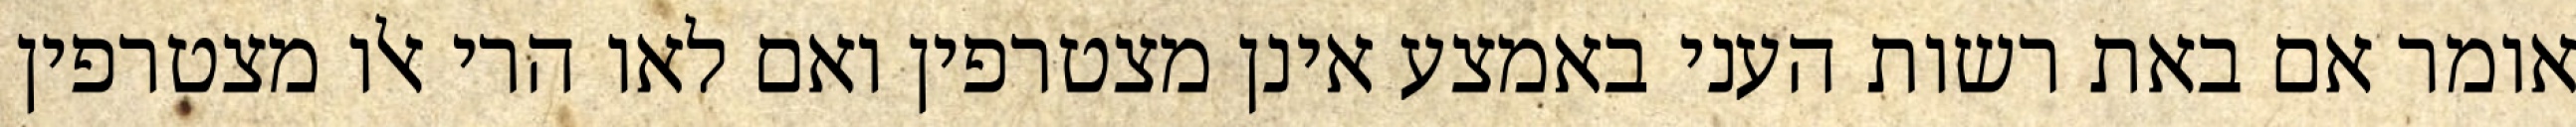
אומר אם באת רשות העני באמצע אינן מצטרפין ואם לאו הרי אלו מצטרפין